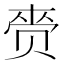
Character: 赍